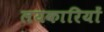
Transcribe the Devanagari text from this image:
लयकारियों